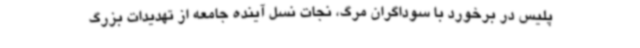
پلیس در برخورد با سوداگران مرگ، نجات نسل آینده جامعه از تهدیدات بزرگ